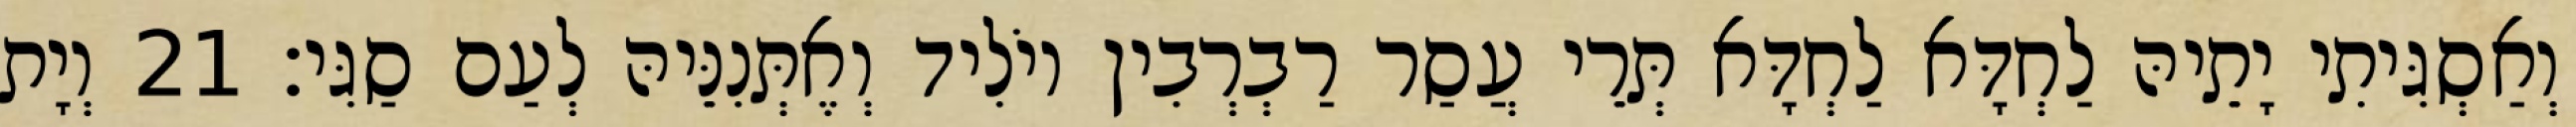
וְאַסְגִּיתִי יָתֵיהּ לַחְדָּא לַחְדָּא תְּרֵי עֲסַר רַבְרְבִין יוֹלִיד וְאֶתְּנִנֵּיהּ לְעַם סַגִּי׃ 21 וְיָת